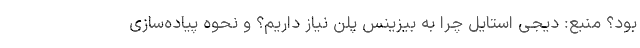
بود؟ منبع: دیجی استایل چرا به بیزینس پلن نیاز داریم؟ و نحوه پیاده‌سازی